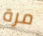
مرة